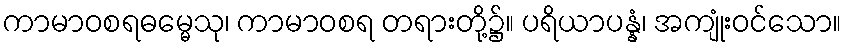
ကာမာဝစရဓမ္မေသု၊ ကာမာဝစရ တရားတို့၌။ ပရိယာပန္နံ၊ အကျုံးဝင်သော။